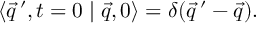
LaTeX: \langle \vec { q } \, ^ { \prime } , t = 0 \mid \vec { q } , 0 \rangle = \delta ( \vec { q } \, ^ { \prime } - \vec { q } ) .